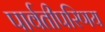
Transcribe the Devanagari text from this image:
पार्वतीपरिणय